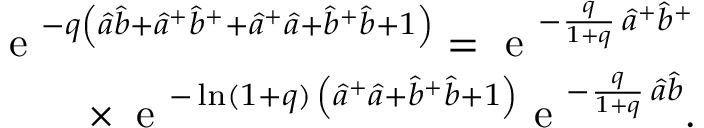
\begin{array} { r } { \textrm { e } ^ { - q { \left( { \hat { a } } { \hat { b } } + { { \hat { a } } } ^ { + } { { \hat { b } } } ^ { + } + { { \hat { a } } } ^ { + } { \hat { a } } + { { \hat { b } } } ^ { + } { \hat { b } } + 1 \right) } } = \textrm { e } ^ { - \frac { q } { 1 + q } \, { { \hat { a } } } ^ { + } { { \hat { b } } } ^ { + } } } \\ { \times \, \textrm { e } ^ { - \ln ( 1 + q ) \, \left( { \hat { a } } ^ { + } { \hat { a } } + { \hat { b } } ^ { + } { \hat { b } } + 1 \right) } \textrm { e } ^ { - \frac { q } { 1 + q } \, { \hat { a } } { \hat { b } } } . } \end{array}